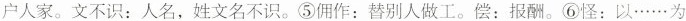
户人家。文不识：人名，姓文名不识。⑤佣作：替别人做工。偿：报酬。⑥怪：以…为